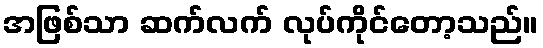
အဖြစ်သာ ဆက်လက် လုပ်ကိုင်တော့သည်။